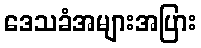
ဒေသခံအများအပြား